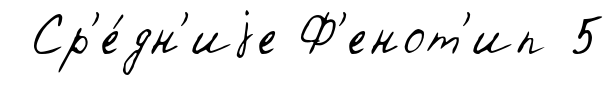
Ср'е́дн'иjе Ф'енот'ип 5